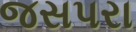
જસપરા